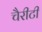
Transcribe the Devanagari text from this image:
चैरीटी